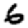
Digit: 6